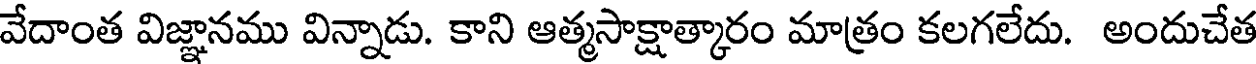
వేదాంత విజ్ఞానము విన్నాడు. కాని ఆత్మసాక్షాత్కారం మాత్రం కలగలేదు. అందుచేత